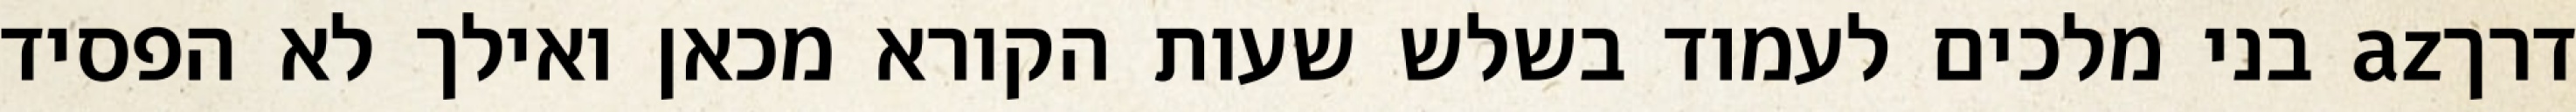
דרךaz בני מלכים לעמוד בשלש שעות הקורא מכאן ואילך לא הפסיד